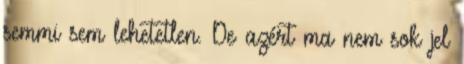
semmi sem lehetetlen. De azért ma nem sok jel